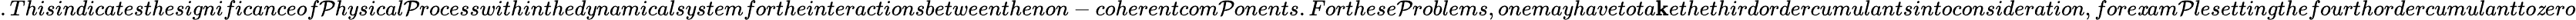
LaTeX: .Thisindicatesthesignificanceof\mathcal{P}hysical\mathcal{P}rocesswithinthedynamicalsystemfortheinteractionsbetweenthenon-coherentcom\mathcal{P}onents.Forthese\mathcal{P}roblems,onemayhavetota\mathbf{k}ethethirdordercumulantsintoconsideration,fore\mathit{x}am\mathcal{P}lesettingthefourthordercumulantto\mathit{z}ero